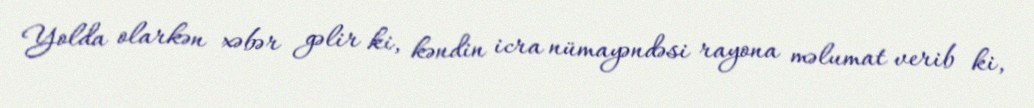
Yolda olarkən xəbər gəlir ki, kəndin icra nümayəndəsi rayona məlumat verib ki,